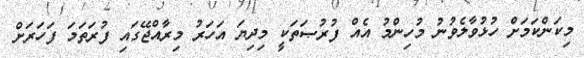
މިކަންކަމަށް ހުޅުވާލެވުނު މުހިންމު އެއް ފުރުޞަތަކީ މިދިޔަ އަހަރު މިރާއްޖޭގައި ފުރަތަމަ ފަހަރަށް